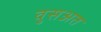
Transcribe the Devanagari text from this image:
वुसअत